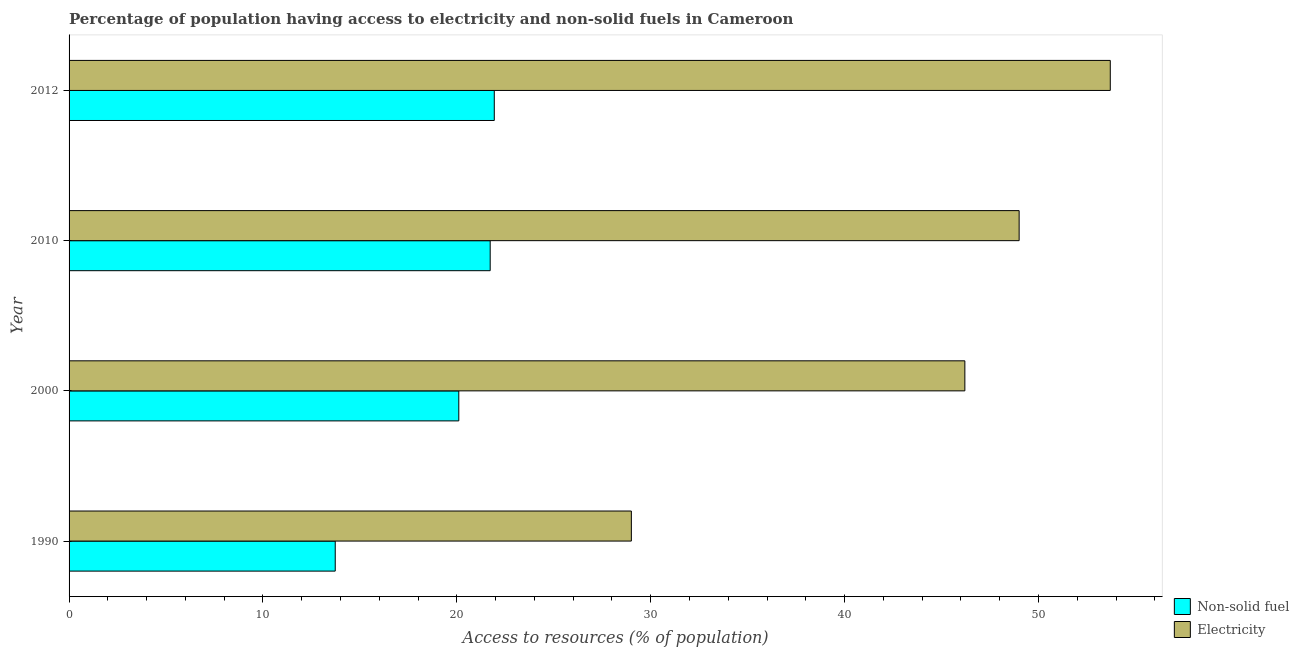
| Year | Non-solid fuel | Electricity |
 | --- | --- | --- |
 | 1990 | 13.7 | 29 |
 | 2000 | 20.1 | 46.2 |
 | 2010 | 21.7 | 49 |
 | 2012 | 21.9 | 53.7 |